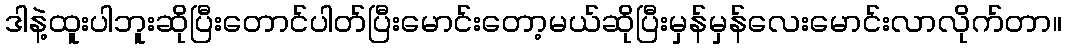
ဒါနဲ့ထူးပါဘူးဆိုပြီးတောင်ပါတ်ပြီးမောင်းတော့မယ်ဆိုပြီးမှန်မှန်လေးမောင်းလာလိုက်တာ။